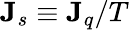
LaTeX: \mathbf{J}_{s}\equiv\mathbf{J}_{q}/T